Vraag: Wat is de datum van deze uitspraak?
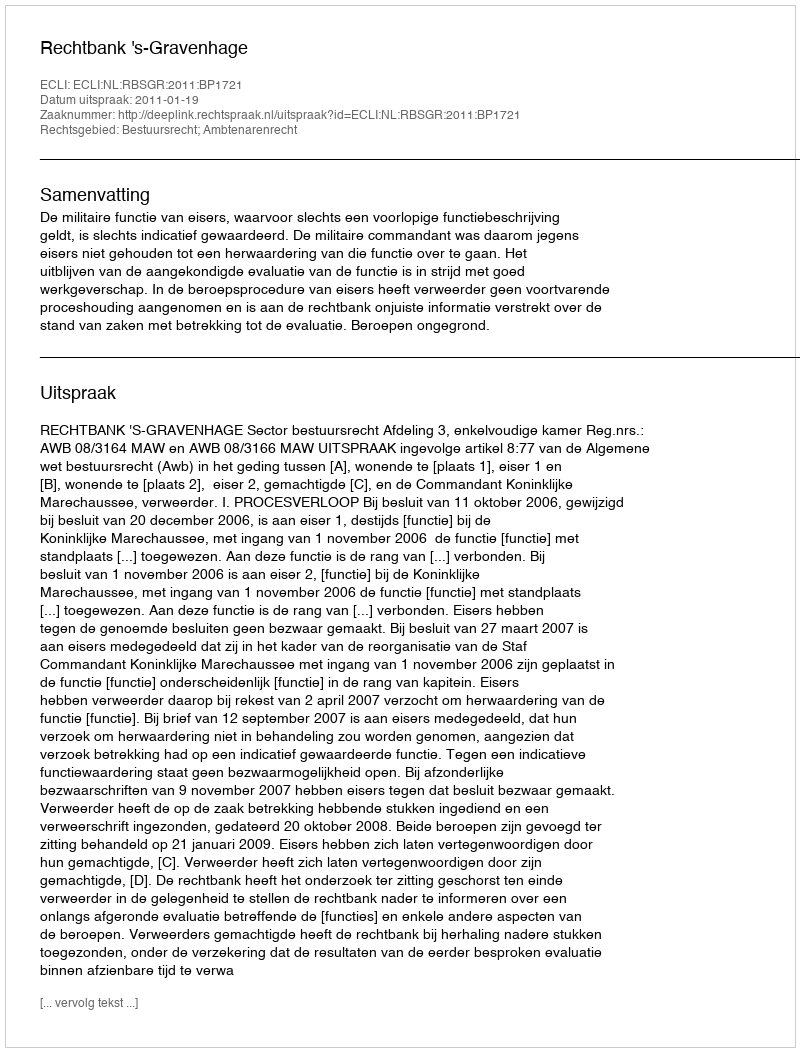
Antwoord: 2011-01-19